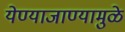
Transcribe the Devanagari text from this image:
येण्याजाण्यामुळे